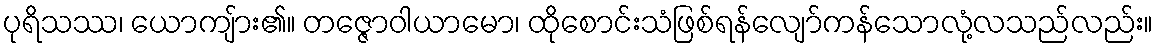
ပုရိသဿ၊ ယောကျ်ား၏။ တဇ္ဇောဝါယာမော၊ ထိုစောင်းသံဖြစ်ရန်လျော်ကန်သောလုံ့လသည်လည်း။